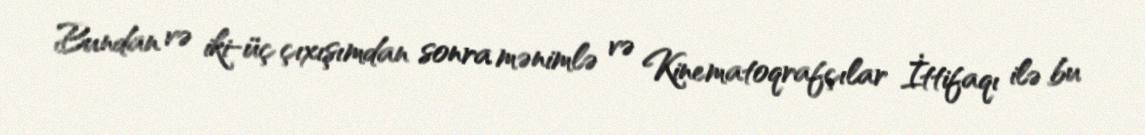
Bundan və iki-üç çıxışımdan sonra mənimlə və Kinematoqrafçılar İttifaqı ilə bu